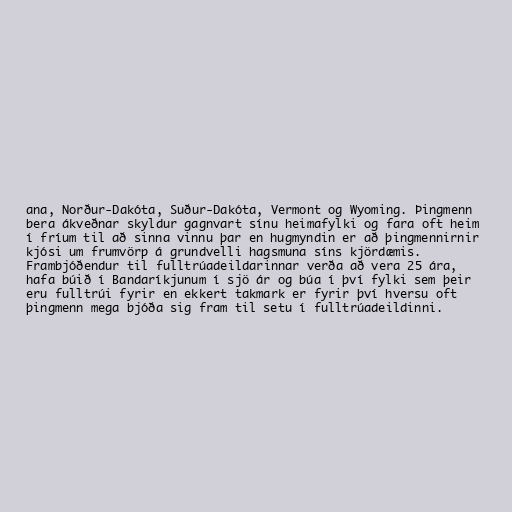
ana, Norður-Dakóta, Suður-Dakóta, Vermont og Wyoming. Þingmenn
bera ákveðnar skyldur gagnvart sínu heimafylki og fara oft heim
í fríum til að sinna vinnu þar en hugmyndin er að þingmennirnir
kjósi um frumvörp á grundvelli hagsmuna síns kjördæmis.
Frambjóðendur til fulltrúadeildarinnar verða að vera 25 ára,
hafa búið í Bandaríkjunum í sjö ár og búa í því fylki sem þeir
eru fulltrúi fyrir en ekkert takmark er fyrir því hversu oft
þingmenn mega bjóða sig fram til setu í fulltrúadeildinni.